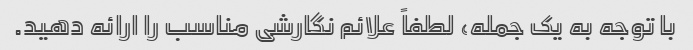
با توجه به یک جمله، لطفاً علائم نگارشی مناسب را ارائه دهید.